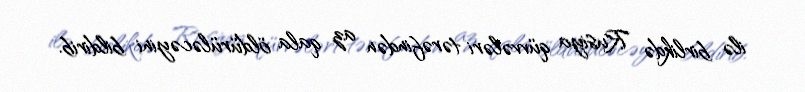
ilə birlikdə Rusiya qüvvələri tərəfindən az qala öldürüləcəyini bildirib.